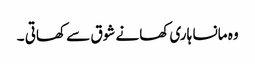
وہ مانسا ہاری کھانے شوق سے کھاتی ۔